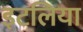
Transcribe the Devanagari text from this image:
इटलिया